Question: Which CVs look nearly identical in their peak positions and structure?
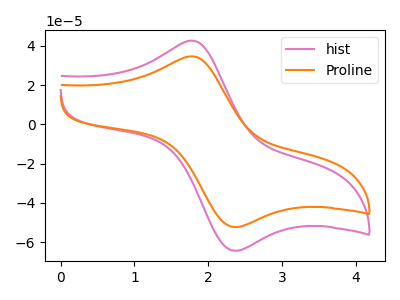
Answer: <think>The pink curve "hist" has an anodic peak at (1.80V, 42.50uA) and a cathodic peak at (2.35V, -64.40uA). The orange curve "Proline" has an anodic peak at (1.80V, 34.55uA) and a cathodic peak at (2.35V, -52.35uA).
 All the peaks in "hist" have a peak in "Proline" at the same potential. Every peak in "hist" is higher than every peak in "Proline".</think>
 <answer>"Proline" and "hist" have the same shape and are likely CV's of the same chemical.</answer>
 <eval>"Proline" "hist"</eval>